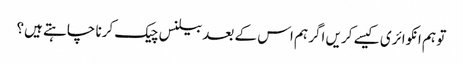
تو ہم انکوائری کیسے کریں اگر ہم اس کے بعد بیلنس چیک کرنا چاہتے ہیں؟